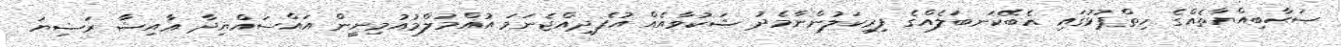
ޞަޙާބިއްޔާތެއްގެ ހިތްޕުޅުގައި އެބޭކަނބަލެއްގެ ފިރިކަލުންނާމެދު ޝަކުވާއެއް އުފެދިއްޖެނަމަ އުއްމުލްމުއުމިނީން އައްސައްޔިދާ ޢާއިޝާ ރަޟިޔަ